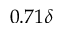
0 . 7 1 \delta